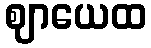
ဈာယေထ